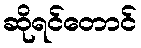
ဆိုရင်တောင်